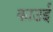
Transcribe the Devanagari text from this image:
काउई